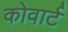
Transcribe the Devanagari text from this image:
कोवार्ट